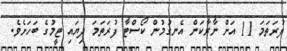
ފުރަތަމަ 11 އަށް ނާރާކަން އެނގުމުން ކޯސްޓާ ފުރަތަމަ ދިޔައި ޓީމުގެ ބަހަށެވެ.